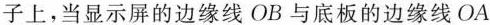
子上，当显示屏的边缘线OB与底板的边缘线OA